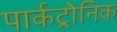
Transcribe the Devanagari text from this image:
पार्कट्रोनिक